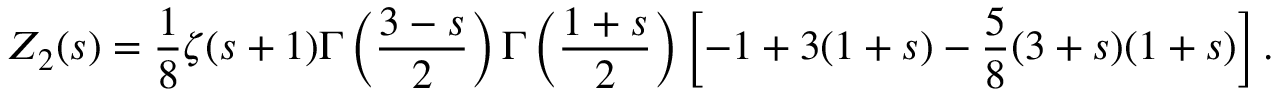
Z _ { 2 } ( s ) = \frac { 1 } { 8 } \zeta ( s + 1 ) \Gamma \left( \frac { 3 - s } { 2 } \right) \Gamma \left( \frac { 1 + s } { 2 } \right) \left[ - 1 + 3 ( 1 + s ) - \frac { 5 } { 8 } ( 3 + s ) ( 1 + s ) \right] .